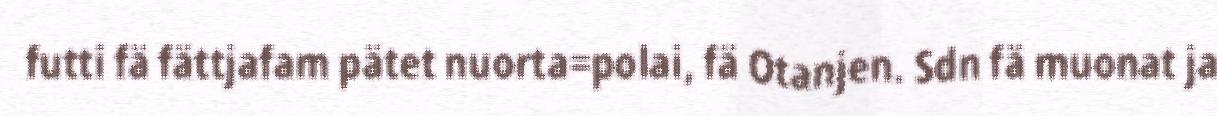
futti fä fättjafam pätet nuorta=polai, fä Otanjen. Sdn fä muonat ja